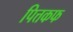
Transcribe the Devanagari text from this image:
पित्तकफ